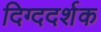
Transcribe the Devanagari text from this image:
दिग्ददर्शक